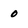
Character: o